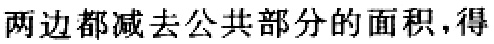
两边都减去公共部分的面积,得